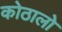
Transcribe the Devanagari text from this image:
कोठालो